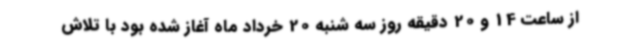
از ساعت 14 و 20 دقیقه روز سه شنبه 20 خرداد ماه آغاز شده بود با تلاش